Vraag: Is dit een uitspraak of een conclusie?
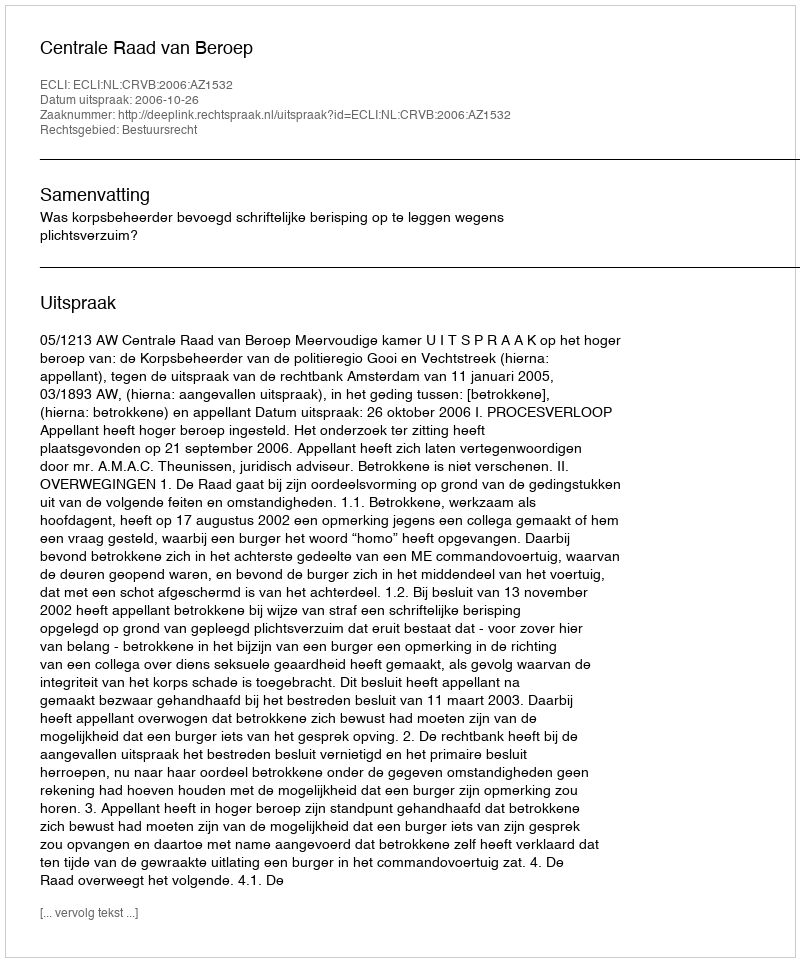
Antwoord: Uitspraak